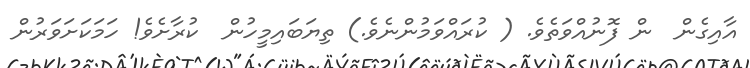
އާއިގެން  ން ފޮނުއްވަތެވެ. ( ކުރައްވަމުންނެވެ.) ތިޔަބައިމީހުން  ކުރާށެވެ! ހަމަކަށަވަރުން